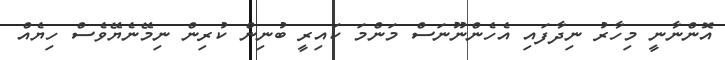
އޮންނާނީ މިހާރު ނިދާފައި އެހެންނޫނަސް މަންމަ ކައިރީ ބުނިން ކުރިން ނިމޭނެޔޭވެސް ހިޔެއް